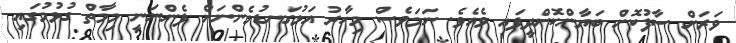
ވަރަށް ސާފުކޮށް ބަޔާންކޮށްދީފައި ވެއެވެ. ނަމަވެސް މިހާރު އަޅުގަނޑުމެންނަށް ފެންނަނީ މިމާތް ގުޅުމުގައި